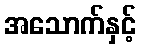
အသောက်နှင့်